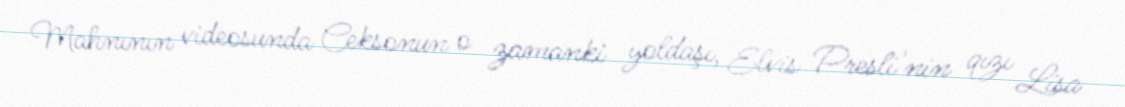
Mahnının videosunda Ceksonun o zamanki yoldaşı, Elvis Presli'nin qızı Lisa